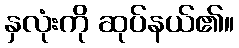
နှလုံးကို ဆုပ်နယ်၏။